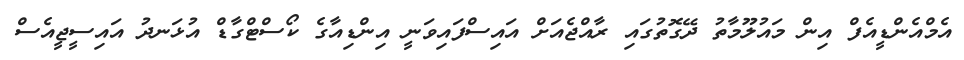
އެމްއެންޑީއެފް އިން މައުލޫމާތު ދޭގޮތުގައި ރާއްޖެއަށް އައިސްފައިވަނީ އިންޑިއާގެ ކޯސްޓްގާޑް އުޅަނދު އައިސީޖީއެސް